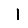
Digit: 1